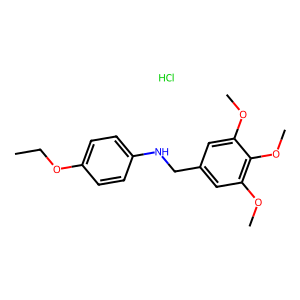
SMILES: CCOc1ccc(NCc2cc(OC)c(OC)c(OC)c2)cc1.Cl
Inhibits HIV replication: No